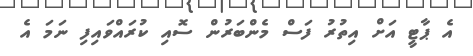
އެ ޕާޓީ އަށް އިތުރު ފަސް މެންބަރުން ސޮއި ކުރައްވައިފި ނަމަ އެ